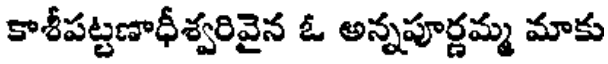
కాశీపట్టణాధీశ్వరివైన ఓ అన్నపూర్ణమ్మ మాకు